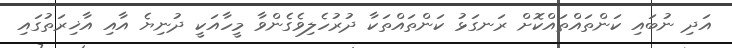
އަދި ނުބައި ކަންތައްތައްކޮށް ރަނގަޅު ކަންތައްތަކާ ދުރުހެލިވެގެންވާ މީހާއަކީ ދުނިޔެ އާއި އާޚިރަތުގައި